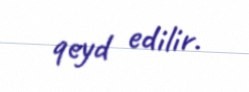
qeyd edilir.